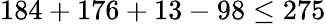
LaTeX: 184+176+13-98\leq 275